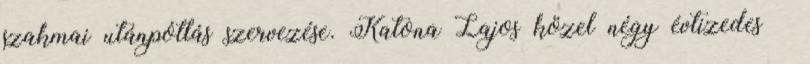
szakmai utánpótlás szervezése. Katona Lajos közel négy évtizedes –